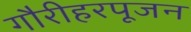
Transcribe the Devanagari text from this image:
गौरीहरपूजन